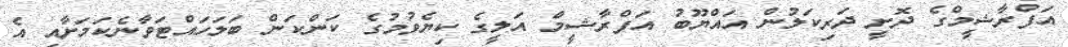
އަފްރާޝީމްގެ ދޮށީ ދަރިކަލުން އައްޔޫބު އަފްރާޝީމް އަލީގެ ކިޔެވުމުގެ ކަންކަން ބަލަހައްޓަވާނެކަމަށާއި އެ